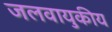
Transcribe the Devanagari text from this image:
जलवायुकीय